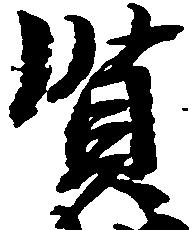
賢